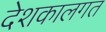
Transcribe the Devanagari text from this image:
देशकालगत